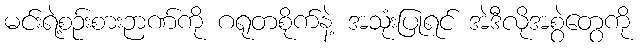
မင်းရဲ့စဉ်းစားဉာဏ်ကို ဂရုတစိုက်နဲ့ အသုံးပြုရင် အဲဒီလိုအစွဲတွေကို